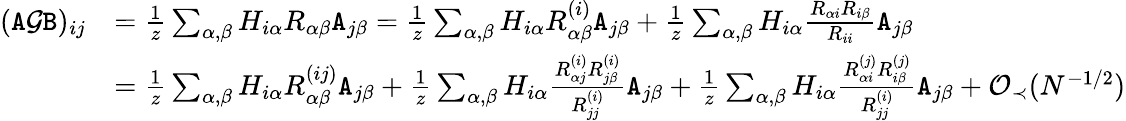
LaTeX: \begin{array}{rl}{({\texttt A}{\mathcal G}{\texttt B})_{ij}}&{=\frac{1}{z}\sum_{\alpha,\beta}H_{i\alpha}R_{\alpha\beta}{\texttt A}_{j\beta}=\frac{1}{z}\sum_{\alpha,\beta}H_{i\alpha}R_{\alpha\beta}^{(i)}{\texttt A}_{j\beta}+\frac{1}{z}\sum_{\alpha,\beta}H_{i\alpha}\frac{R_{\alpha i}R_{i\beta}}{R_{ii}}{\texttt A}_{j\beta}}\\ &{=\frac{1}{z}\sum_{\alpha,\beta}H_{i\alpha}R_{\alpha\beta}^{(ij)}{\texttt A}_{j\beta}+\frac{1}{z}\sum_{\alpha,\beta}H_{i\alpha}\frac{R_{\alpha j}^{(i)}R_{j\beta}^{(i)}}{R_{jj}^{(i)}}{\texttt A}_{j\beta}+\frac{1}{z}\sum_{\alpha,\beta}H_{i\alpha}\frac{R_{\alpha i}^{(j)}R_{i\beta}^{(j)}}{R_{jj}^{(i)}}{\texttt A}_{j\beta}+{\mathcal O}_{\prec}(N^{-1/2})}\end{array}